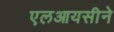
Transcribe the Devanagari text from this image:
एलआयसीने